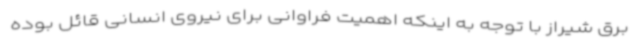
برق شیراز با توجه به اینکه اهمیت فراوانی برای نیروی انسانی قائل بوده